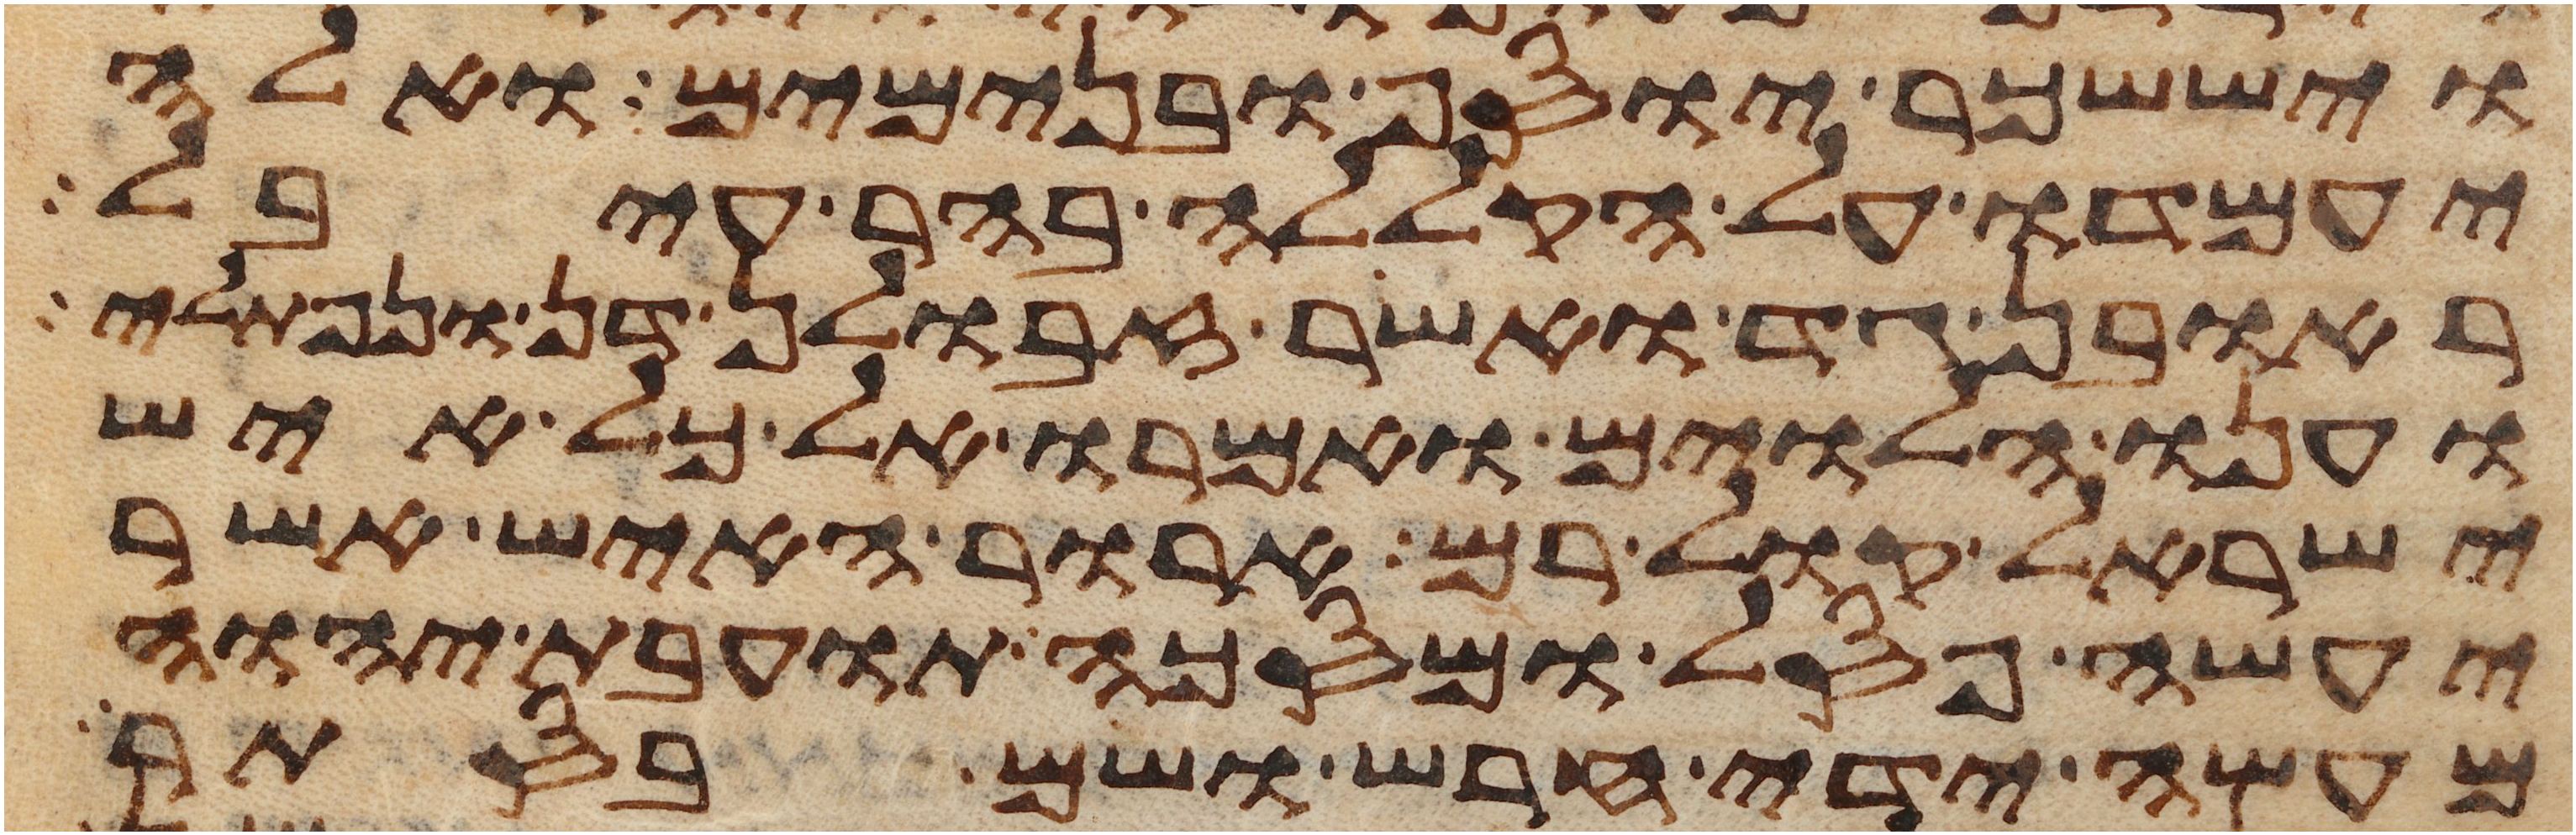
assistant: ויששכר יוסף ובנימים ואלה
יעמדו על הקללה בהר עיבל
ראובן גד ואשר זבולן דן ונפתלי
וענו הלוים ואמרו אל כל איש
ישראל קול רם ארור האיש אשר
יעשה פסל ומסכה תועבת יהוה
מעשה ידי חרש ושם בסתר